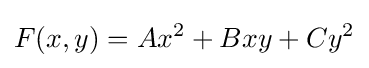
F(x,y)=Ax^{2}+Bxy+Cy^{2}